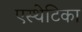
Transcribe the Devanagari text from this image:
एस्थेटिका